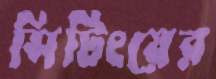
সিটিংয়ের